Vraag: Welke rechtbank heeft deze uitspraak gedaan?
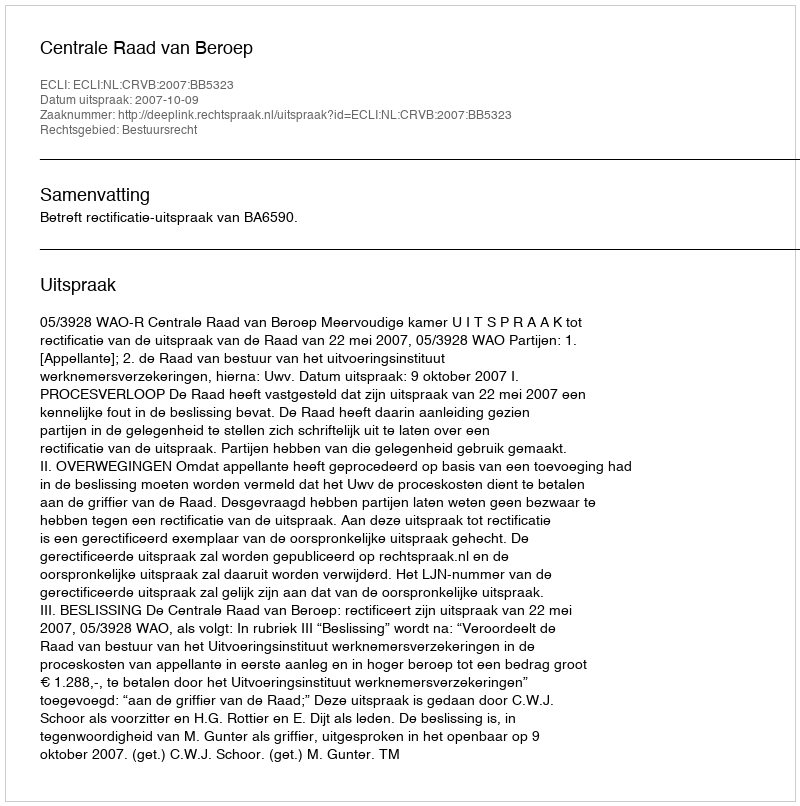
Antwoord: Centrale Raad van Beroep